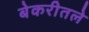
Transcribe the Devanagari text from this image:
बेकरीतले